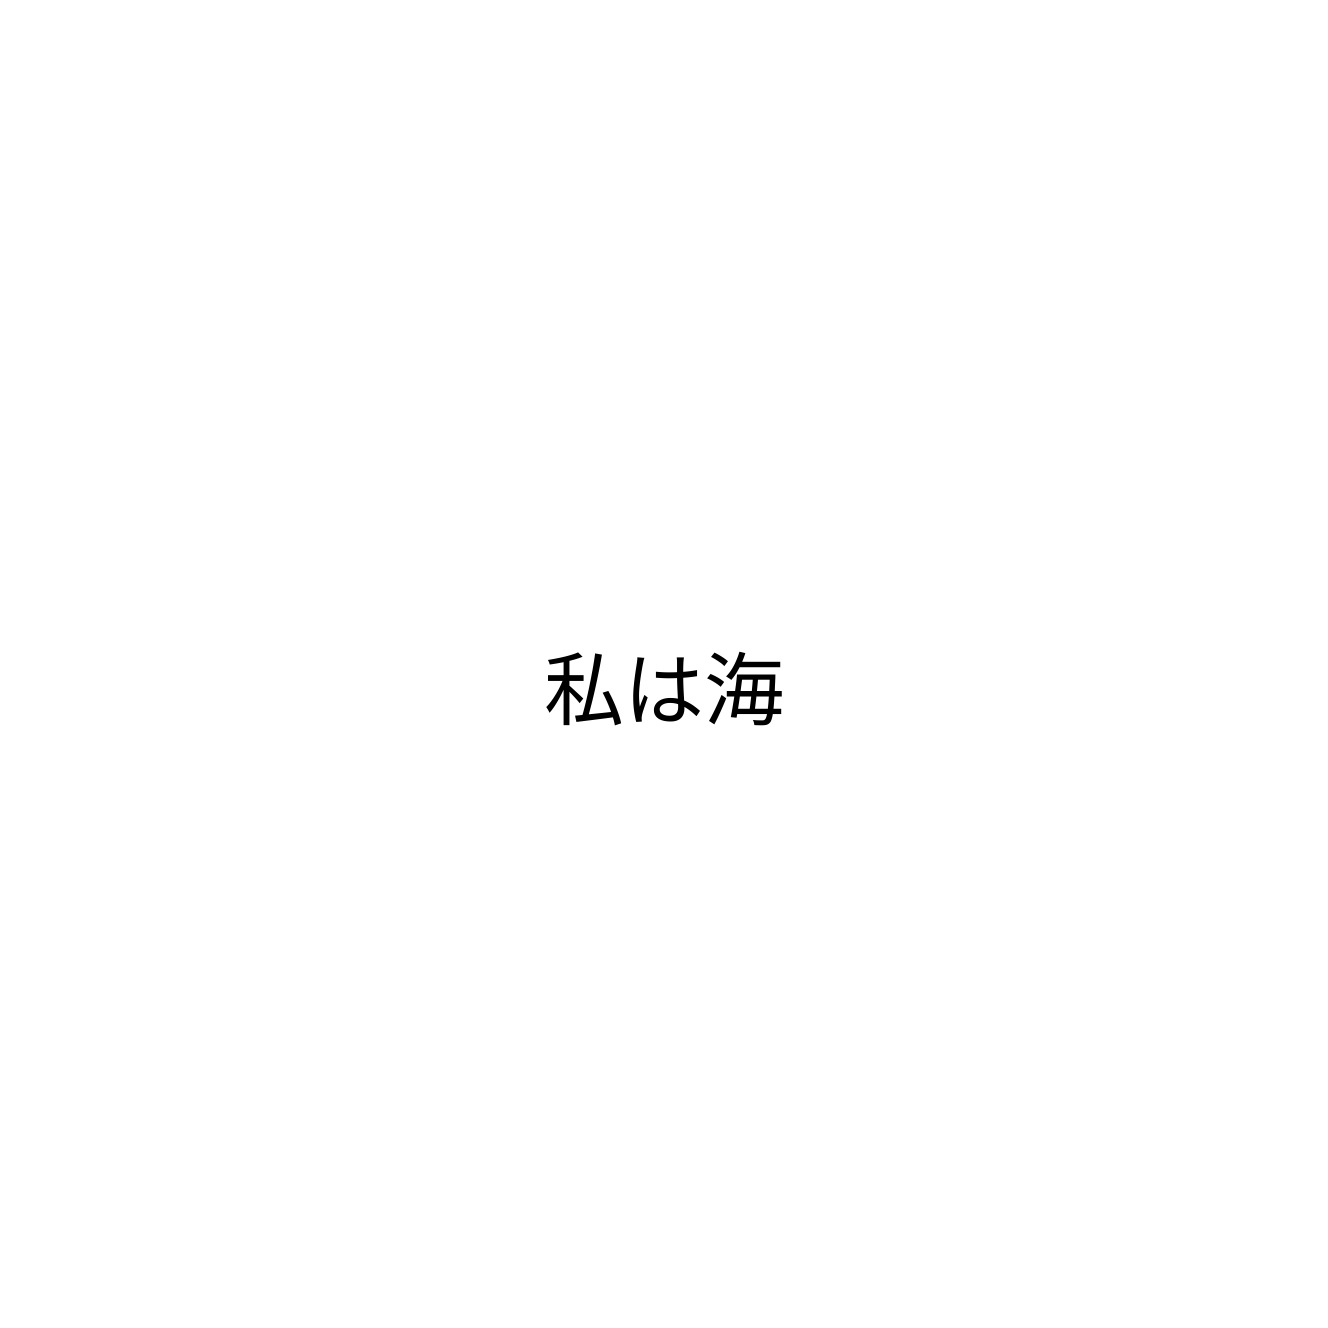
私は海